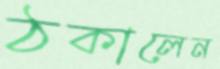
ঠকালেন